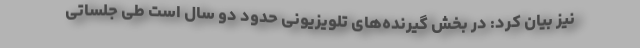
نیز بیان کرد: در بخش گیرنده‌های تلویزیونی حدود دو سال است طی جلساتی